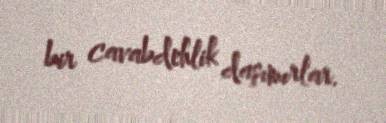
bir cavabdehlik daşımırlar.